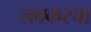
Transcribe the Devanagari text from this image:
लवकरचा